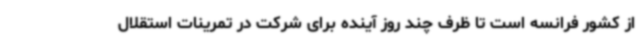
از کشور فرانسه است تا ظرف چند روز آینده برای شرکت در تمرینات استقلال